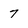
Character: 7